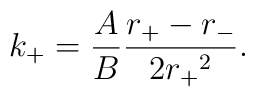
k_+ = \frac{A}{B}\frac{r_+ - r_-}{2{r_+}^2}.